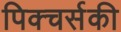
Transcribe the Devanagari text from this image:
पिक्चर्सकी